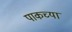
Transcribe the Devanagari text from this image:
पाकच्या